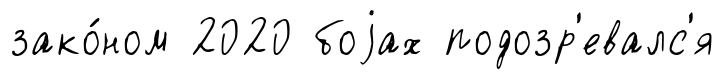
зако́ном 2020 боjах подозр'евалс'я